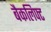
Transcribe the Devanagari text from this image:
बैकलिफ्ट